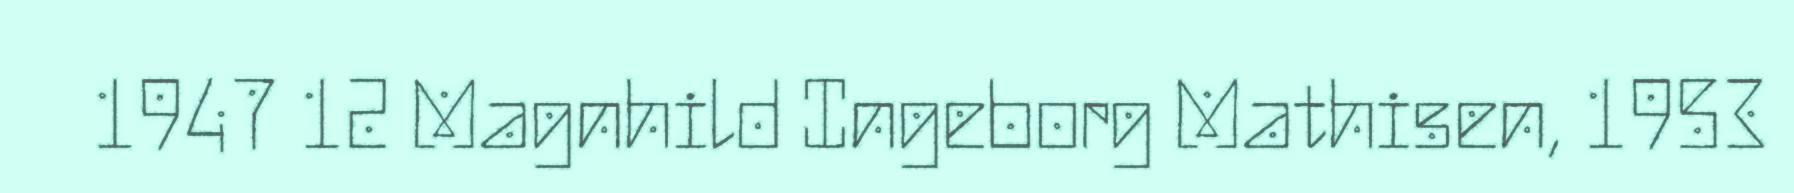
1947 12 Magnhild Ingeborg Mathisen, 1953